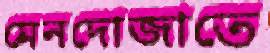
মেনদোজাতে